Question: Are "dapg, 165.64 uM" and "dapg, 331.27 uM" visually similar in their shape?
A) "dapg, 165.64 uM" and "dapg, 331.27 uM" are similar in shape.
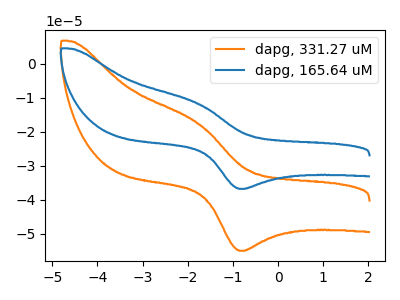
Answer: <think>The orange curve "dapg, 331.27 uM" has an anodic peak at (-1.80V, -17.15uA) and a cathodic peak at (-0.80V, -55.00uA). The blue curve "dapg, 165.64 uM" has an anodic peak at (-1.80V, -11.50uA) and a cathodic peak at (-0.80V, -36.80uA).
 All the peaks in "dapg, 165.64 uM" have a peak in "dapg, 331.27 uM" at the same potential.</think>
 <answer>A) "dapg, 165.64 uM" and "dapg, 331.27 uM" are similar in shape.</answer>
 <eval>A</eval>